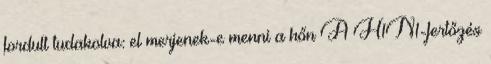
fordult tudakolva: el merjenek-e menni a hőn A H1N1-fertőzés